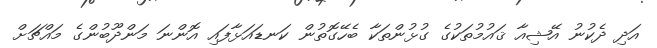
އަދި ދެކުނު އޭޝިއާ ޤައުމުތަކުގެ ގުޅުންތަކާ ބެހޭގޮތުން ކަނޑައަޅާފައި އޮންނަ މަންދޫބުންގެ މައްޗަށް